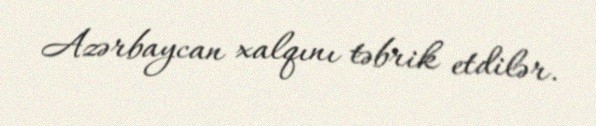
Azərbaycan xalqını təbrik etdilər.